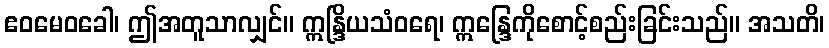
ဧဝမေဝခေါ၊ ဤအတူသာလျှင်။ ဣန္ဒြိယသံဝရေ၊ ဣန္ဒြေကိုစောင့်စည်းခြင်းသည်။ အသတိ၊